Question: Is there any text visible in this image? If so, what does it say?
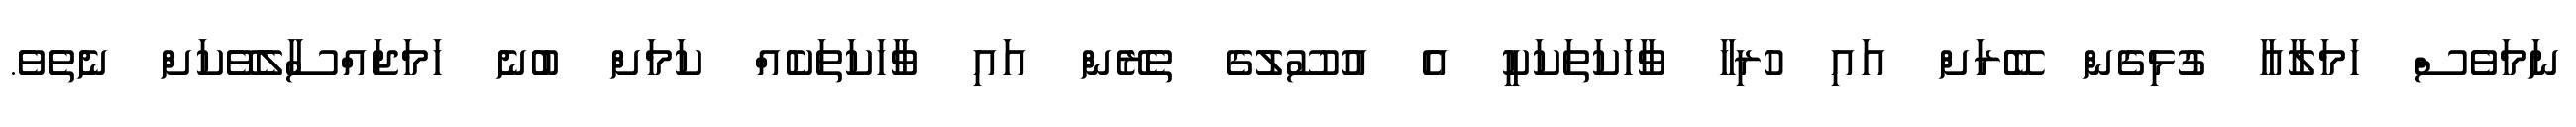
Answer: ނަމަވެސް ހަމަލާއާ ގުޅިގެން ބޭރަށް އައި ހުރިހާ ވާހަކަތަކަކީ އެ އުސޫލުގެ ތެރޭން އައި ވާހަކަތަކެއް ކަމަށް ބުނެ ހަމަޖައްސާލެވޭކަށް ނެތެވެ.